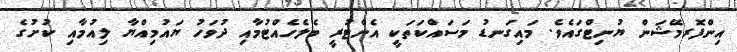
އިންފޮރމޭޝަން ޔުނިޓްގައެވެ. މައިގަނޑު މަސައްކަތަކީ އެންޓުރީ ބެލެހެއްޓުމާއި ދުވަހު ޔައުމިއްޔާ ލިއުމާއި ކުށުގެ